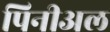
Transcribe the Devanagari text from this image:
पिनीअल